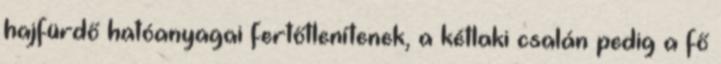
hajfürdő hatóanyagai fertőtlenítenek, a kétlaki csalán pedig a fő